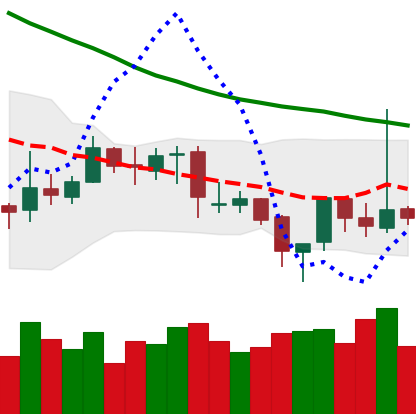
Ticker: XRP-USD
Chart end date: 2019-03-31
Forward return: 17.002%
Label: up_7plus